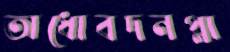
অধোবদনপ্লা